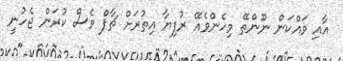
އާއި ވައްކަން ނޫންތޭ މިހެންވެއޭ ރުފިޔާ އިތުރަށް ޗާޕް ވެސް ކުރަން ޖެހުނީ